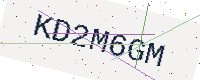
Text: KD2M6GM